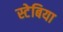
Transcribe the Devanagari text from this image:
स्टेबिया